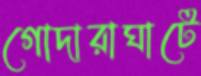
গোদারাঘাটে